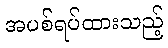
အပစ်ရပ်ထားသည့်